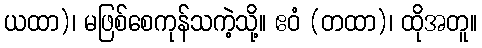
ယထာ)၊ မဖြစ်စေကုန်သကဲ့သို့။ ဧဝံ (တထာ)၊ ထိုအတူ။